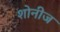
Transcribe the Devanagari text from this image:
शोनीज